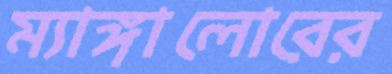
ম্যাঙ্গালোরের